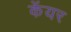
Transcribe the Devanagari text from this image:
केंयर